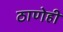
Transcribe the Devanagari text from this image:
ठाणेही